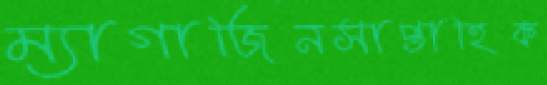
ম্যাগাজিনসাপ্তাহিক